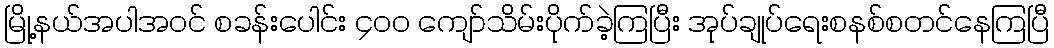
မြို့နယ်အပါအဝင် စခန်းပေါင်း ၄၀၀ ကျော်သိမ်းပိုက်ခဲ့ကြပြီး အုပ်ချုပ်ရေးစနစ်စတင်နေကြပြီ